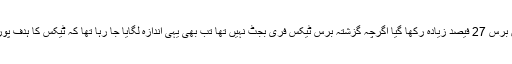
ٹیکس کا ہدف رواں برس 27 فیصد زیادہ رکھا گیا اگرچہ گزشتہ برس ٹیکس فری بجٹ نہیں تھا تب بھی یہی اندازہ لگایا جا رہا تھا کہ ٹیکس کا ہدف پورا نہیں ہو سکے گا۔